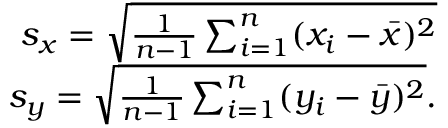
\begin{array} { r } { s _ { x } = \sqrt { \frac { 1 } { n - 1 } \sum _ { i = 1 } ^ { n } ( x _ { i } - \bar { x } ) ^ { 2 } } } \\ { s _ { y } = \sqrt { \frac { 1 } { n - 1 } \sum _ { i = 1 } ^ { n } ( y _ { i } - \bar { y } ) ^ { 2 } } . } \end{array}